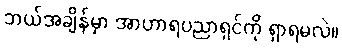
ဘယ်အချိန်မှာ အာဟာရပညာရှင်ကို ရှာရမလဲ။